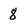
Character: 8